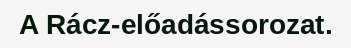
A Rácz-előadássorozat.